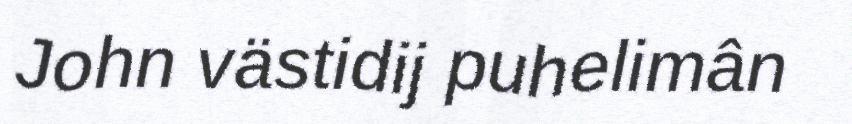
John västidij puhelimân